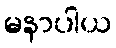
မနာပါယ